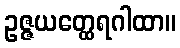
ဥဇ္ဇယတ္ထေရဂါထာ။